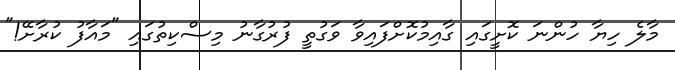
މާލެ ހިޔާ ހުންނަ ކޮށީގައި ގާއިމުކޮށްފައިވާ ވަގުތީ ފުރުގާނު މިސްކިތުގައި "މައާފު ކުރާށޭ!"